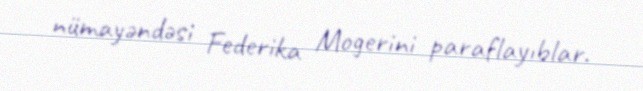
nümayəndəsi Federika Mogerini paraflayıblar.